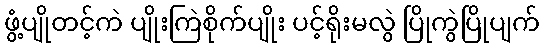
ဖွံ့ပျိုတင့်ကဲ ပျိုးကြဲစိုက်ပျိုး ပင့်ရိုးမလွဲ ပြိုကွဲပြိုပျက်